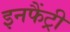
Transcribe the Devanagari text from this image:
इनफैंट्री